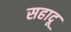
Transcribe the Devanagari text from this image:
सहादू